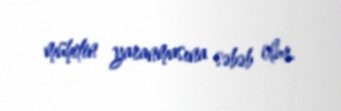
mühitin yaranmasına səbəb olur.